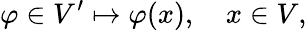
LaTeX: \varphi\in V^{\prime}\mapsto\varphi(x),\quad x\in V,